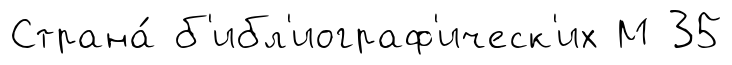
Страна́ б'ибл'иограф'ическ'их М 35